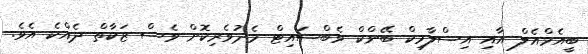
ބީއެމްއެލް އާއި އިސްލާމިކް ބޭންކް ވެބްސައިޓް މެދުވެރިކޮށް ވެސް ޒަކާތް ދެއްކެ އެވެ.